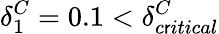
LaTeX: \delta_{1}^{C}=0.1<\delta_{c\mathsf{r}itical}^{C}